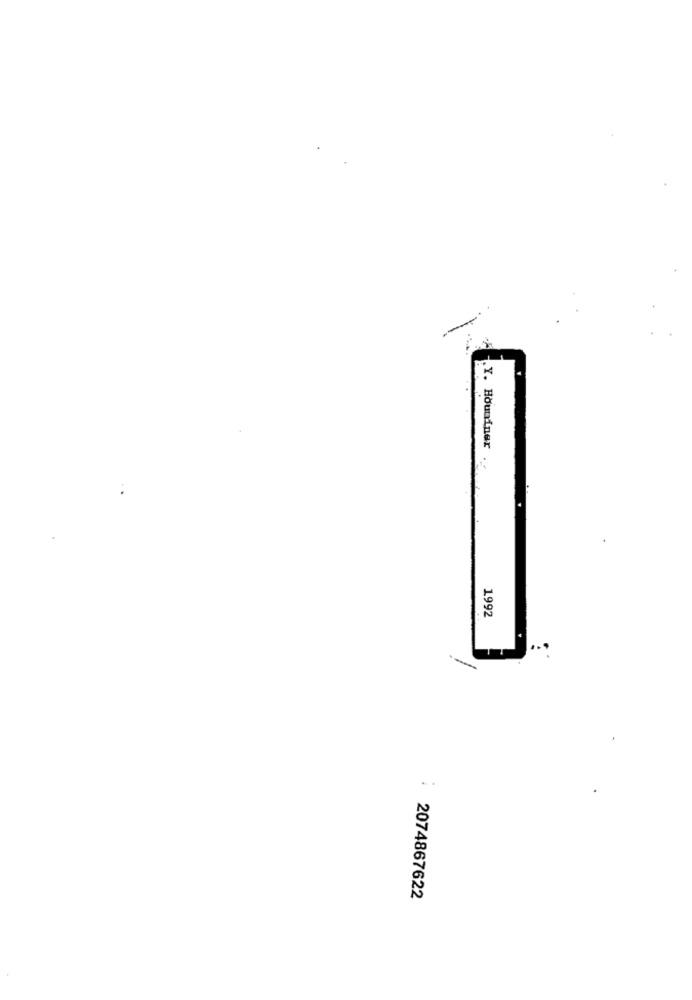
.Y. Houniner
1992
..
2074867622